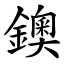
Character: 鐭